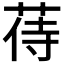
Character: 𦱎